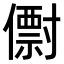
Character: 𠐆